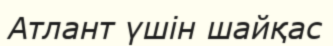
Атлант үшін шайқас